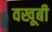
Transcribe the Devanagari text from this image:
वखूबी